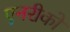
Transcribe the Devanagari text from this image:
एनरीको